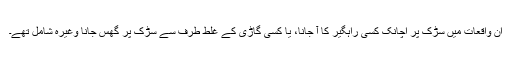
ان واقعات میں سڑک پر اچانک کسی راہگیر کا آ جانا، یا کسی گاڑی کے غلط طرف سے سڑک پر گھس جانا وغیرہ شامل تھے۔